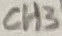
Text: CH3